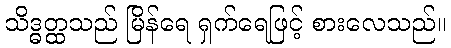
သိဒ္ဓတ္ထသည် မြိန်ရေ ရှက်ရေဖြင့် စားလေသည်။